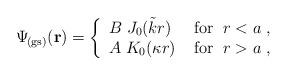
LaTeX: \begin{align*}\Psi_{\! {\rm (gs)}} ({\bf r})=\left\{\begin{array}{lr} B \; J_{0} (\tilde k r) \; & \textrm{for} \;\; r < a \; ,\\ A\; K_{0} (\kappa r) \; & \textrm{for} \;\; r > a \; ,\\ \end{array}\right. \; \end{align*}